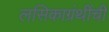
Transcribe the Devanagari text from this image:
लसिकाग्रंथींची